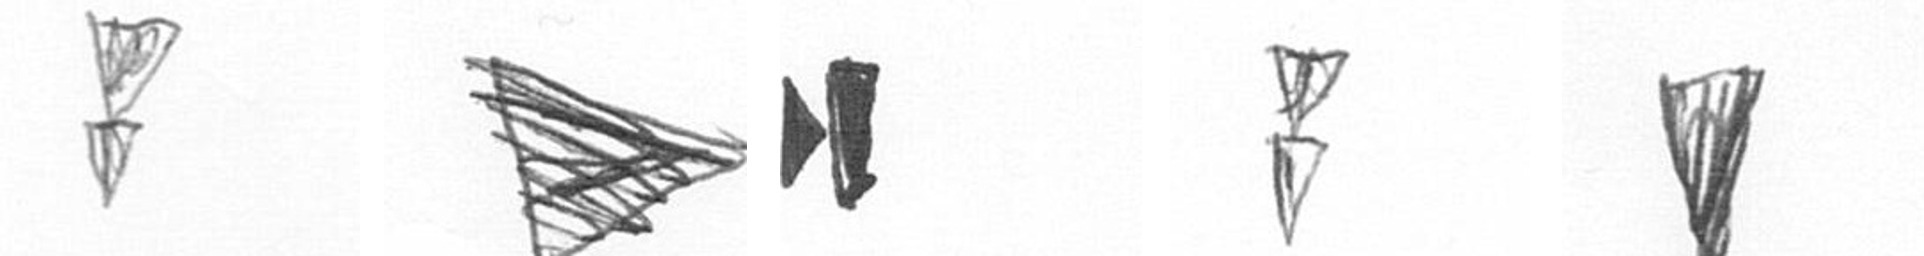
Z T M Z J